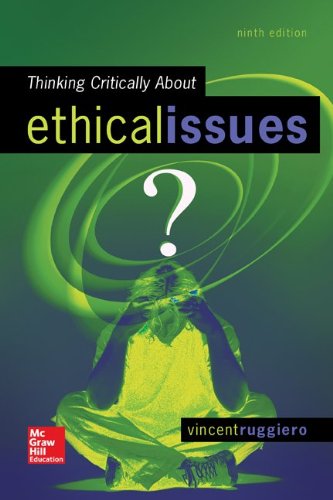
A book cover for Thinking Critically About Ethical Issues; Vincent Ruggiero; Politics & Social Sciences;